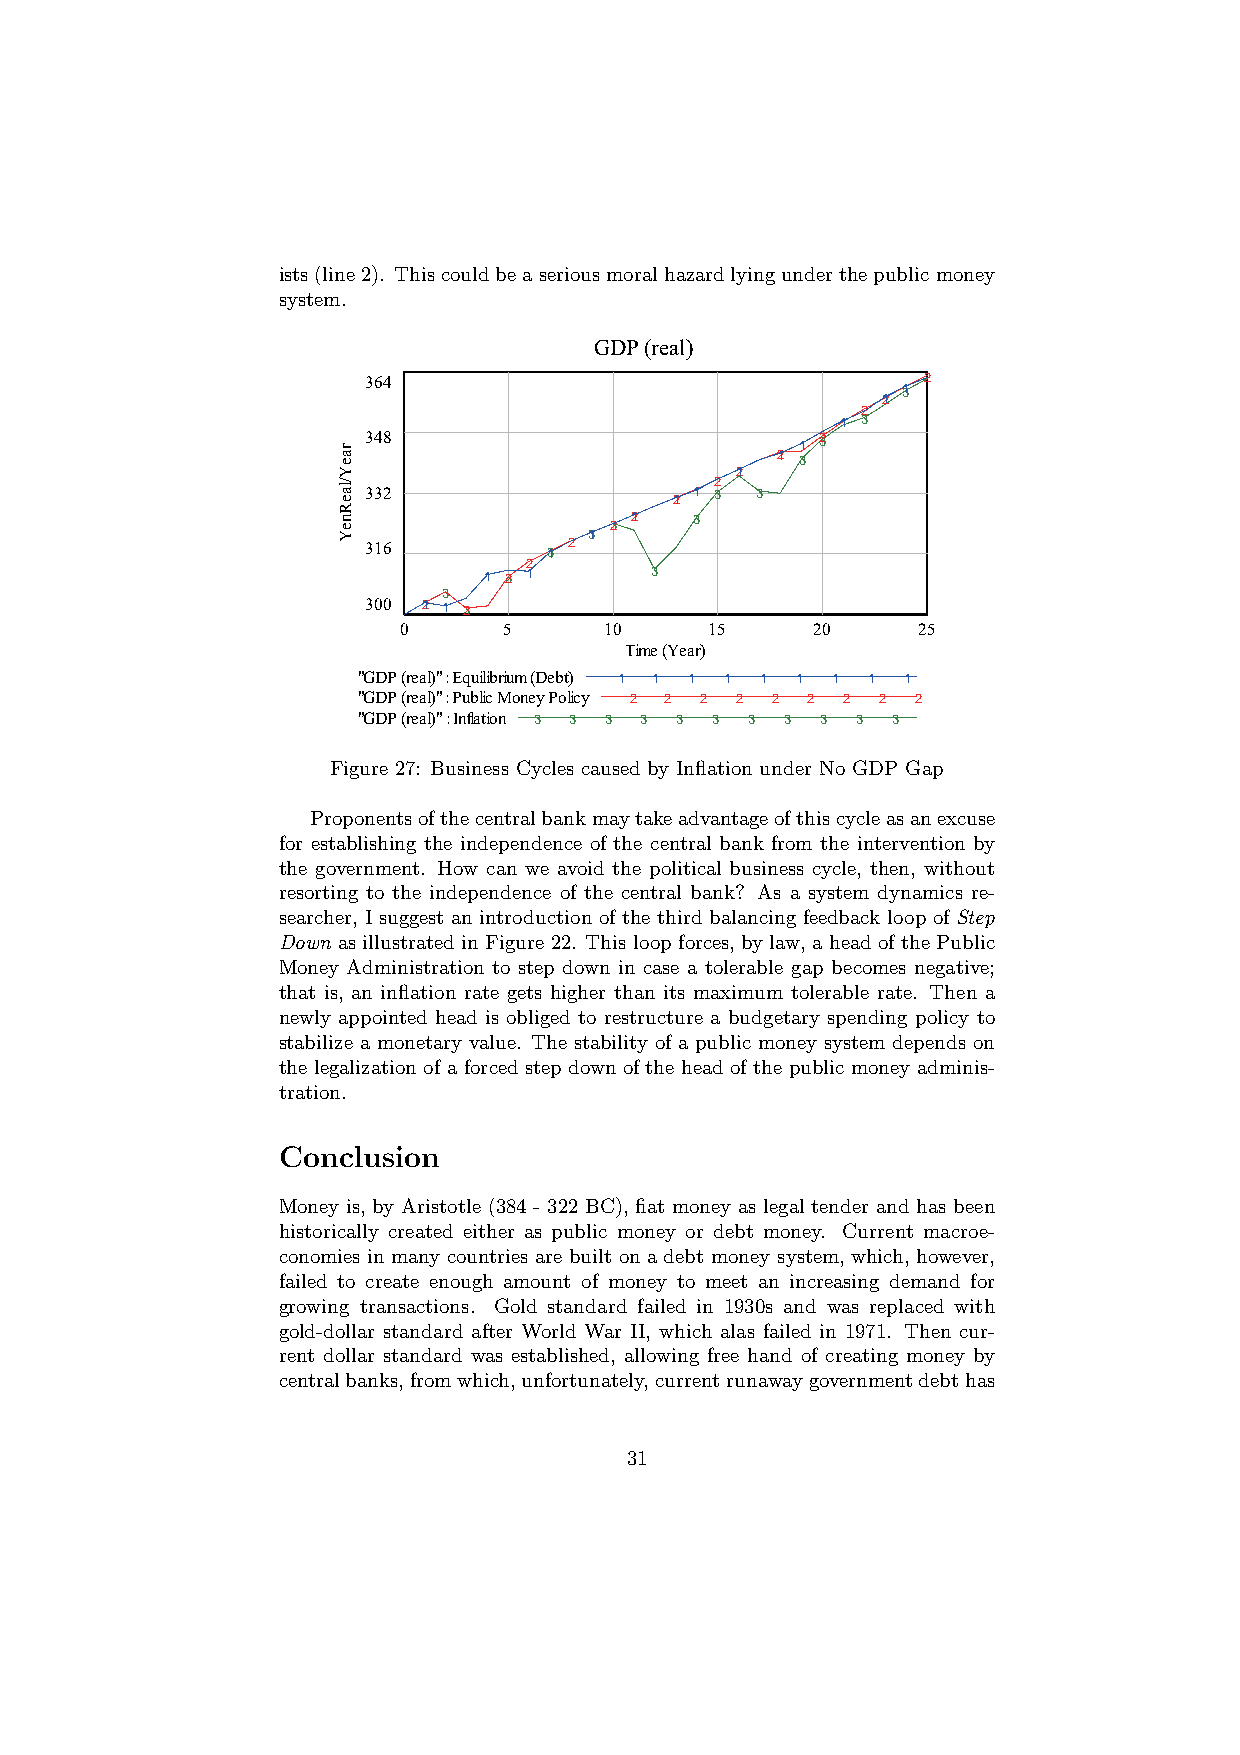
ists(line2). Thiscouldbeaseriousmoralhazardlyingunderthepublicmoney
 system.
 GDP (real)
 364                                 31 2
 21
 2
 1 3
 ear
 348
 21 31
 32
 Y                          21
 eal/
 332                  21 1
 32
 3
 R
 Yen
 316         31 2
 31
 32 21 3
 2
 1 32 1     3
 3
 300 21 1 32
 0      5      10     15     20     25
 Time (Year)
 "GDP (real)" : Equilibrium (Debt) 1 1 1 1 1 1 1 1 1
 "GDP (real)" : Public Money Policy 2 2 2 2 2 2 2 2 2
 "GDP (real)" : Inflation 3 3 3 3 3 3 3 3 3 3 3
 Figure 27: Business Cycles caused by Inflation under No GDP Gap
 Proponentsofthecentralbankmaytakeadvantageofthiscycleasanexcuse
 for establishing the independence of the central bank from the intervention by
 the government. How can we avoid the political business cycle, then, without
 resorting to the independence of the central bank? As a system dynamics re-
 searcher, I suggest an introduction of the third balancing feedback loop of Step
 Down as illustrated in Figure 22. This loop forces, by law, a head of the Public
 Money Administration to step down in case a tolerable gap becomes negative;
 that is, an inflation rate gets higher than its maximum tolerable rate. Then a
 newly appointed head is obliged to restructure a budgetary spending policy to
 stabilize a monetary value. The stability of a public money system depends on
 the legalization of a forced step down of the head of the public money adminis-
 tration.
 Conclusion
 Money is, by Aristotle (384 - 322 BC), fiat money as legal tender and has been
 historically created either as public money or debt money. Current macroe-
 conomies in many countries are built on a debt money system, which, however,
 failed to create enough amount of money to meet an increasing demand for
 growing transactions. Gold standard failed in 1930s and was replaced with
 gold-dollar standard after World War II, which alas failed in 1971. Then cur-
 rent dollar standard was established, allowing free hand of creating money by
 centralbanks,fromwhich,unfortunately,currentrunawaygovernmentdebthas
 31